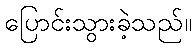
ပြောင်းသွားခဲ့သည်။